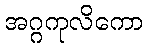
အဂ္ဂကုလိကော